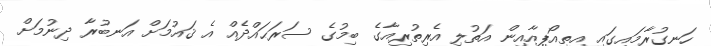
ހަނގުރާމައިގައި އިތިއޯޕިއާއިން އަތުލި އެރިތުރިއާގެ ބިމުގެ ސަރަޙައްދެއް އެ ޤައުމަށް އަނބުރާ ދިނުމަށް